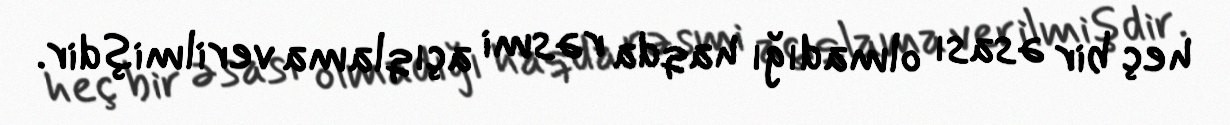
heç bir əsası olmadığı haqda rəsmi açıqlama verilmişdir.